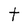
Character: t